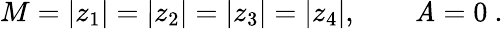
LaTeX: M=|z_{1}|=|z_{2}|=|z_{3}|=|z_{4}|,\qquad\mathit{A}=0\ .